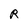
Character: R